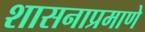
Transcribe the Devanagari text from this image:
शासनाप्रमाणे